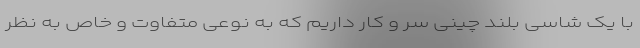
با یک شاسی بلند چینی سر و کار داریم که به نوعی متفاوت و خاص به نظر